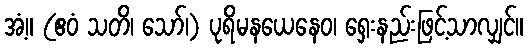
အံ့။ (ဧဝံ သတိ၊ သော်၊) ပုရိမနယေနေဝ၊ ရှေးနည်းဖြင့်သာလျှင်။